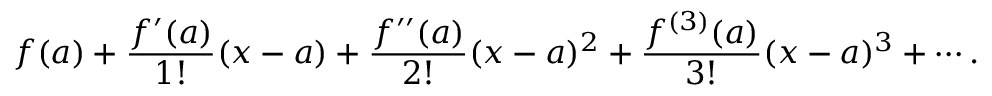
f ( a ) + { \frac { f ^ { \prime } ( a ) } { 1 ! } } ( x - a ) + { \frac { f ^ { \prime \prime } ( a ) } { 2 ! } } ( x - a ) ^ { 2 } + { \frac { f ^ { ( 3 ) } ( a ) } { 3 ! } } ( x - a ) ^ { 3 } + \cdots .